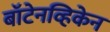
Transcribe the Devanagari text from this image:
बॉटेनव्हिकेन